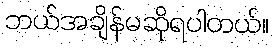
ဘယ်အချိန်မဆိုရပါတယ်။